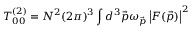
T _ { 0 0 } ^ { ( 2 ) } = { N ^ { 2 } ( 2 \pi ) ^ { 3 } } \int { { d ^ { 3 } \vec { p } \omega _ { \vec { p } } } \left| F ( \vec { p } ) \right| ^ { 2 } }